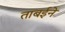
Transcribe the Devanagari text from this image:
ताबईने